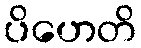
ပိဟေတိ